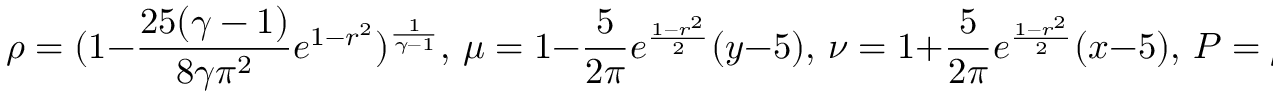
\rho = ( 1 - \frac { 2 5 ( \gamma - 1 ) } { 8 \gamma \pi ^ { 2 } } e ^ { 1 - r ^ { 2 } } ) ^ { \frac { 1 } { \gamma - 1 } } , \, \mu = 1 - \frac { 5 } { 2 \pi } e ^ { \frac { 1 - r ^ { 2 } } { 2 } } ( y - 5 ) , \, \nu = 1 + \frac { 5 } { 2 \pi } e ^ { \frac { 1 - r ^ { 2 } } { 2 } } ( x - 5 ) , \, P = \rho ^ { \gamma } ,